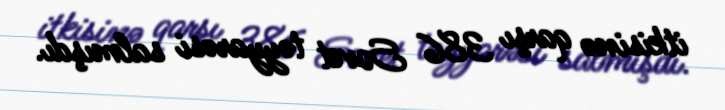
itkisinə qarşı 386 Sovet təyyarəsi salmışdı.